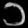
Digit: ၁